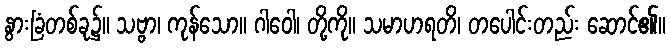
နွားခြံတစ်ခု၌။ သဗ္ဗာ၊ ကုန်သော။ ဂါဝေါ၊ တို့ကို။ သမာဟရတိ၊ တပေါင်းတည်း ဆောင်၏။